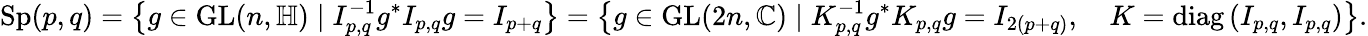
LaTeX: \mathrm{Sp}(p,q)=\left\{ g\in\mathrm{GL}(n,\mathbb{H})\mid I_{p,q}^{-1}g^{*}I_{p,q}g=I_{p+q}\right\} =\left\{ g\in\mathrm{GL}(2n,\mathbb{C})\mid K_{p,q}^{-1}g^{*}K_{p,q}g=I_{2(p+q)},\quad K=\operatorname{diag}\left(I_{p,q},I_{p,q}\right)\right\} .